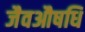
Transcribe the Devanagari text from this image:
जैवऔषधि